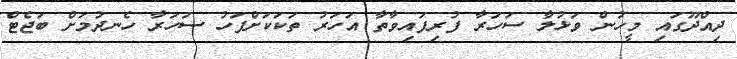
ދިއްދޫގައި މީހުން ވަޅުލާ ސަހަރާ ފުރިފައިވާތާ އަހަރު ތަކަކަށްފަހު ސަހަރާ ހެނދުމަށް ބަޖެޓް